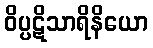
ဝိပ္ပဋိသာရိနိယော